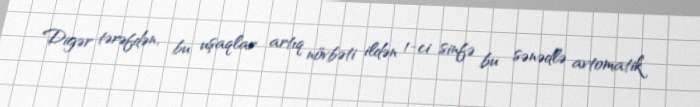
Digər tərəfdən, bu uşaqlar artıq növbəti ildən 1-ci sinfə bu sənədlə avtomatik